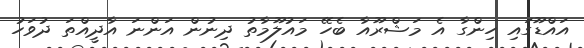
އައްޑޫގައި ހިންގާ އެ މަޝްރޫއާ ބެހޭ މައުލޫމާތު ދިނުން އަންނަ އާދީއްތަ ދުވަހު